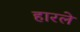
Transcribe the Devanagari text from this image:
हारले